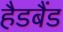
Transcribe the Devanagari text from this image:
हैडबैंड